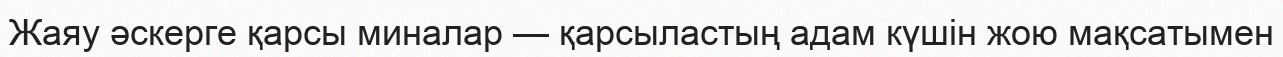
Жаяу әскерге қарсы миналар — қарсыластың адам күшін жою мақсатымен